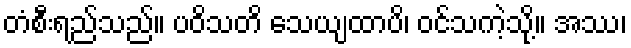
တံစီးရည်သည်။ ပဝိသတိ သေယျထာပိ၊ ဝင်သကဲ့သို့။ အဿ၊